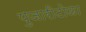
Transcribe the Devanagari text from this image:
पुजारीटोळा